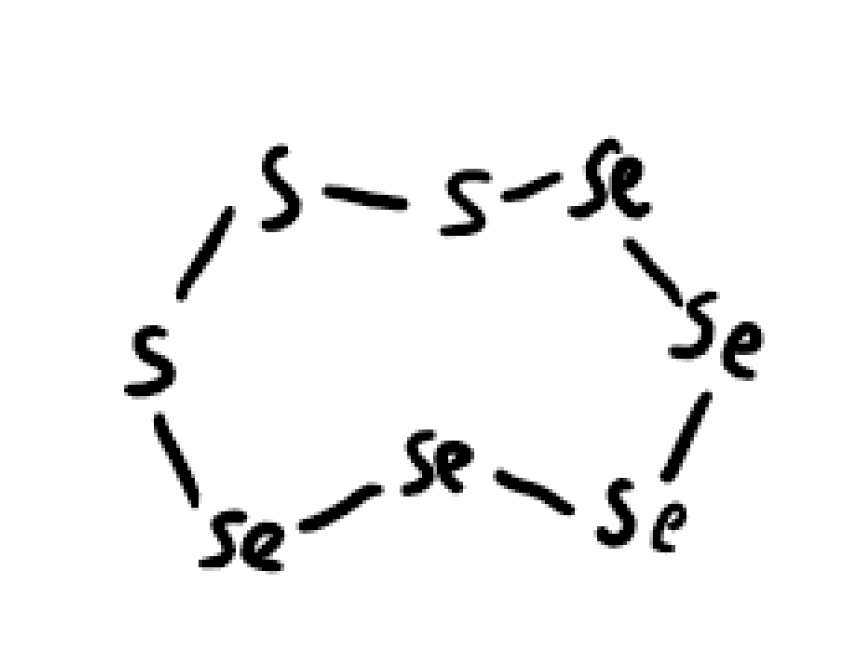
Simplified molecular-input line-entry system (SMILES) notation of the given molecule:
S1S[Se][Se][Se][Se][Se]S1